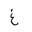
Letter: _gayn